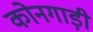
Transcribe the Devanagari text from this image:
कोनगाड़ी